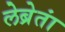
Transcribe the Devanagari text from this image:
लेब्रेतां